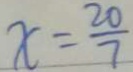
x = \frac { 2 0 } { 7 }